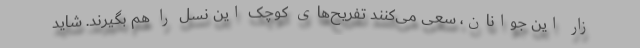
زار این جوانان، سعی می‌کنند تفریح‌های کوچک این نسل را هم بگیرند. شاید